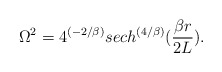
\begin{align*}\Omega^2 = 4^{(-2/\beta)}sech^{\left({4/\beta}\right)}({{\beta r} \over {2L}}).\end{align*}